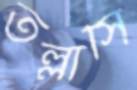
তল্লাসি